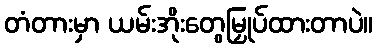
တံတားမှာ ယမ်းအိုးတွေမြှုပ်ထားတာပဲ။